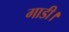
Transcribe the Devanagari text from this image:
गाडी।